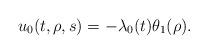
LaTeX: \begin{align*}u_0(t,\rho,s)=-\lambda_0(t)\theta_1(\rho).\end{align*}